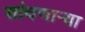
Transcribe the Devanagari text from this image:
सांधणार्‍या